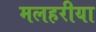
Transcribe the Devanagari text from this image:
मलहरीया